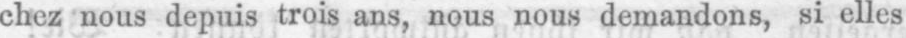
chez nous depuis trois ans, nous nous demandons, si elles